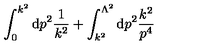
\int _ { 0 } ^ { k ^ { 2 } } \mathrm { d } p ^ { 2 } \frac { 1 } { k ^ { 2 } } + \int _ { k ^ { 2 } } ^ { \Lambda ^ { 2 } } \mathrm { d } p ^ { 2 } \frac { k ^ { 2 } } { p ^ { 4 } }